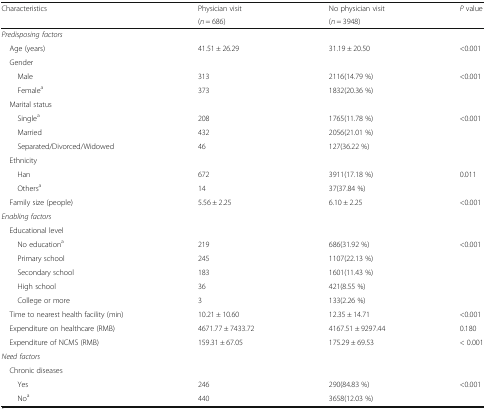
| <ROWSPAN=2> Characteristics | Physician visit | No physician visit | <ROWSPAN=2> P value |
 | (n = 686) | (n = 3948) |
 | --- | --- | --- | --- |
 | <COLSPAN=4> Predisposing factors |
 | Age (years) | 41.51 ± 26.29 | 31.19 ± 20.50 | <0.001 |
 | <COLSPAN=4> Gender |
 | Male | 313 | 2116(14.79 %) | <ROWSPAN=2> <0.001 |
 | Femalea | 373 | 1832(20.36 %) |
 | <COLSPAN=4> Marital status |
 | Singlea | 208 | 1765(11.78 %) | <ROWSPAN=3> <0.001 |
 | Married | 432 | 2056(21.01 %) |
 | Separated/Divorced/Widowed | 46 | 127(36.22 %) |
 | <COLSPAN=4> Ethnicity |
 | Han | 672 | 3911(17.18 %) | <ROWSPAN=2> 0.011 |
 | Othersa | 14 | 37(37.84 %) |
 | Family size (people) | 5.56 ± 2.25 | 6.10 ± 2.25 | <0.001 |
 | <COLSPAN=4> Enabling factors |
 | <COLSPAN=4> Educational level |
 | No educationa | 219 | 686(31.92 %) | <ROWSPAN=5> <0.001 |
 | Primary school | 245 | 1107(22.13 %) |
 | Secondary school | 183 | 1601(11.43 %) |
 | High school | 36 | 421(8.55 %) |
 | College or more | 3 | 133(2.26 %) |
 | Time to nearest health facility (min) | 10.21 ± 10.60 | 12.35 ± 14.71 | <0.001 |
 | Expenditure on healthcare (RMB) | 4671.77 ± 7433.72 | 4167.51 ± 9297.44 | 0.180 |
 | Expenditure of NCMS (RMB) | 159.31 ± 67.05 | 175.29 ± 69.53 | < 0.001 |
 | <COLSPAN=4> Need factors |
 | <COLSPAN=4> Chronic diseases |
 | Yes | 246 | 290(84.83 %) | <ROWSPAN=2> <0.001 |
 | Noa | 440 | 3658(12.03 %) |